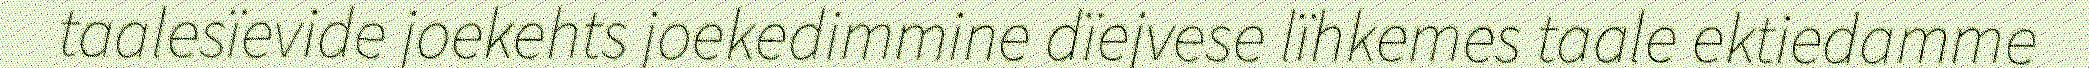
taalesïevide joekehts joekedimmine dïejvese lïhkemes taale ektiedamme